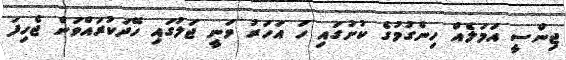
ޖިންސީ އަމަލެއް ހިންގުމުގެ ކުށުގައި ހަ އަހަރު ވަނީ ޖަލުގައި ހޭދަކުރައްވަން ޖެހިފަ